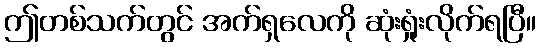
ဤတစ်သက်တွင် အက်ရှလေကို ဆုံးရှုံးလိုက်ရပြီ။